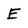
Character: E